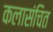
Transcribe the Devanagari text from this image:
कलासंचित